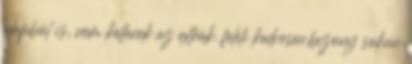
alapból is, nem kellenek az extrák. feleli kedvesen,bizony sokan